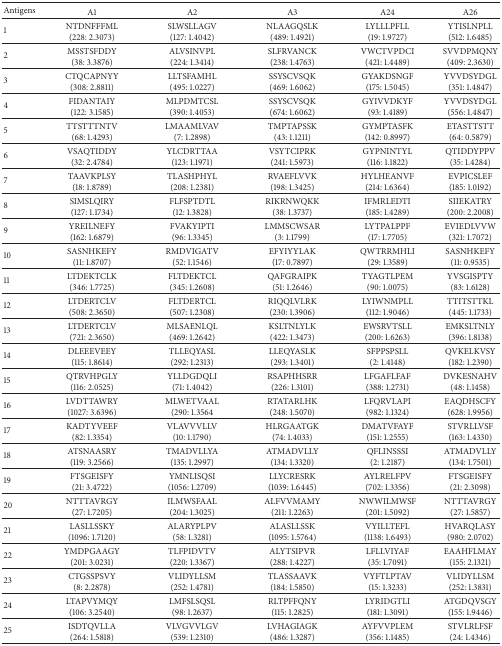
<table><thead><tr><td><b>Antigens</b></td><td><b>A1</b></td><td><b>A2</b></td><td><b>A3</b></td><td><b>A24</b></td><td><b>A26</b></td></tr></thead><tbody><tr><td>1</td><td>NTDNFFFML(228: 2.3073)</td><td>SLWSLLAGV(127: 1.4042)</td><td>NLAAGQSLK(489: 1.4921)</td><td>LYLLLPFLL(19: 1.9727)</td><td>YTISLNPLL(512: 1.6485)</td></tr><tr><td>2</td><td>MSSTSFDDY(38: 3.3876)</td><td>ALVSINVPL(224: 1.3414)</td><td>SLFRVANCK(238: 1.4763)</td><td>VWCTVPDCI(421: 1.4489)</td><td>SVVDPMQNY(409: 2.3630)</td></tr><tr><td>3</td><td>CTQCAPNYY(308: 2.8811)</td><td>LLTSFAMHL(495: 1.0227)</td><td>SSYSCVSQK(469: 1.6062)</td><td>GYAKDSNGF(175: 1.5045)</td><td>YVVDSYDGL(351: 1.4847)</td></tr><tr><td>4</td><td>FIDANTAIY(122: 3.1585)</td><td>MLPDMTCSL(390: 1.4053)</td><td>SSYSCVSQK(674: 1.6062)</td><td>GYIVVDKYF(93: 1.4189)</td><td>YVVDSYDGL(556: 1.4847)</td></tr><tr><td>5</td><td>TTSTTTNTV(68: 1.4293)</td><td>LMAAMLVAV(7: 1.2898)</td><td>TMPTAPSSK(43: 1.1211)</td><td>GYMPTASFK(142: 0.8997)</td><td>ETASTTSTT(64: 0.5879)</td></tr><tr><td>6</td><td>VSAQTIDDY(32: 2.4784)</td><td>YLCDRTTAA(123: 1.1971)</td><td>VSYTCIPRK(241: 1.5973)</td><td>GYPNINTYL(116: 1.1822)</td><td>QTIDDYPPV(35: 1.4284)</td></tr><tr><td>7</td><td>TAAVKPLSY(18: 1.8789)</td><td>TLASHPHYL(208: 1.2381)</td><td>RVAEFLVVK(198: 1.3425)</td><td>HYLHEANVF(214: 1.6364)</td><td>EVPICSLEF(185: 1.0192)</td></tr><tr><td>8</td><td>SIMSLQIRY(127: 1.1734)</td><td>FLFSPTDTL(12: 1.3828)</td><td>RIKRNWQKK(38: 1.3737)</td><td>IFMRLEDTI(185: 1.4289)</td><td>SIIEKATRY(200: 2.2008)</td></tr><tr><td>9</td><td>YREILNEFY(162: 1.6879)</td><td>FVAKYIPTI(96: 1.3345)</td><td>LMMSCWSAR(3: 1.1799)</td><td>LYTPALPPF(17: 1.7705)</td><td>EVIEDLVVW(321: 1.7072)</td></tr><tr><td>10</td><td>SASNHKEFY(11: 1.8707)</td><td>RMDVIGATV(52: 1.1546)</td><td>EFYIYYLAK(17: 0.7897)</td><td>QWTRRMHLI(29: 1.3589)</td><td>SASNHKEFY(11: 0.9535)</td></tr><tr><td>11</td><td>LTDEKTCLK(346: 1.7725)</td><td>FLTDEKTCL(345: 1.2608)</td><td>QAFGRAIPK(51: 1.2646)</td><td>TYAGTLPEM(90: 1.0075)</td><td>YVSGISPTY(83: 1.6128)</td></tr><tr><td>12</td><td>LTDERTCLV(508: 2.3650)</td><td>FLTDERTCL(507: 1.2308)</td><td>RIQQLVLRK(230: 1.3906)</td><td>LYIWNMPLL(112: 1.9046)</td><td>TTITSTTKL(445: 1.1733)</td></tr><tr><td>13</td><td>LTDERTCLV(721: 2.3650)</td><td>MLSAENLQL(469: 1.2642)</td><td>KSLTNLYLK(422: 1.3473)</td><td>EWSRVTSLL(200: 1.6263)</td><td>EMKSLTNLY(396: 1.8138)</td></tr><tr><td>14</td><td>DLEEEVEEY(115: 1.8614)</td><td>TLLEQYASL(292: 1.2313)</td><td>LLEQYASLK(293: 1.3401)</td><td>SFPPSPSLL(2: 1.4148)</td><td>QVKELKVSY(182: 1.2390)</td></tr><tr><td>15</td><td>QTRVHPGLY(116: 2.0525)</td><td>YLLDGDQLI(71: 1.4042)</td><td>RSAPHHSRR(226: 1.3101)</td><td>LFGAFLFAF(388: 1.2731)</td><td>DVKESNAHV(48: 1.1458)</td></tr><tr><td>16</td><td>LVDTTAWRY(1027: 3.6396)</td><td>MLWETVAAL(290: 1.3564</td><td>RTATARLHK(248: 1.5070)</td><td>LFQRVLAPI(982: 1.1324)</td><td>EAQDHSCFY(628: 1.9956)</td></tr><tr><td>17</td><td>KADTYVEEF(82: 1.3354)</td><td>VLAVVVLLV(10: 1.1790)</td><td>HLRGAATGK(74: 1.4033)</td><td>DMATVFAYF(151: 1.2555)</td><td>STVRLLVSF(163: 1.4330)</td></tr><tr><td>18</td><td>ATSNAASRY(119: 3.2566)</td><td>TMADVLLYA(135: 1.2997)</td><td>ATMADVLLY(134: 1.3320)</td><td>QFLINSSSI(2: 1.2187)</td><td>ATMADVLLY(134: 1.7501)</td></tr><tr><td>19</td><td>FTSGEISFY(21: 3.4722)</td><td>YMNLISQSI(1056: 1.2709)</td><td>LLYCRESRK(1039: 1.6445)</td><td>AYLRELFPV(702: 1.3356)</td><td>FTSGEISFY(21: 2.3098)</td></tr><tr><td>20</td><td>NTTTAVRGY(27: 1.7205)</td><td>ILMWSFAAL(204: 1.3025)</td><td>ALFVVMAMY(211: 1.2263)</td><td>NWWILMWSF(201: 1.5092)</td><td>NTTTAVRGY(27: 1.5857)</td></tr><tr><td>21</td><td>LASLLSSKY(1096: 1.7120)</td><td>ALARYPLPV(58: 1.3281)</td><td>ALASLLSSK(1095: 1.5764)</td><td>VYILLTEFL(1138: 1.6493)</td><td>HVARQLASY(980: 2.0702)</td></tr><tr><td>22</td><td>YMDPGAAGY(201: 3.0231)</td><td>TLFPIDVTV(220: 1.3367)</td><td>ALYTSIPVR(288: 1.4227)</td><td>LFLLVIYAF(35: 1.7091)</td><td>EAAHFLMAY(155: 2.1321)</td></tr><tr><td>23</td><td>CTGSSPSVY(8: 2.2878)</td><td>VLIDYLLSM(252: 1.4781)</td><td>TLASSAAVK(184: 1.5850)</td><td>VYFTLPTAV(15: 1.3233)</td><td>VLIDYLLSM(252: 1.3831)</td></tr><tr><td>24</td><td>LTAPVYMQY(106: 3.2540)</td><td>LMFSLSQSL(98: 1.2637)</td><td>RLTPFFQNY(115: 1.2825)</td><td>LYRIDGTLI(181: 1.3091)</td><td>ATGDQVSGY(155: 1.9446)</td></tr><tr><td>25</td><td>ISDTQVLLA(264: 1.5818)</td><td>VLVGVVLGV(539: 1.2310)</td><td>LVHAGIAGK(486: 1.3287)</td><td>AYFVVPLEM(356: 1.1485)</td><td>STVLRLFSF(24: 1.4346)</td></tr></tbody></table>